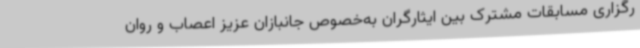
رگزاری مسابقات مشترک بین ایثارگران به‌خصوص جانبازان عزیز اعصاب و روان